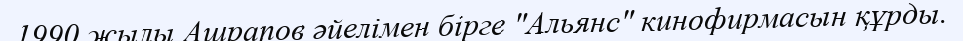
1990 жылы Ашрапов әйелімен бірге "Альянс" кинофирмасын құрды.